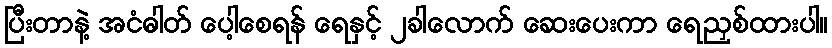
ပြီးတာနဲ့ အငံဓါတ် ပေါ့စေရန် ရေနှင့် ၂ခါလောက် ဆေးပေးကာ ရေညှစ်ထားပါ။